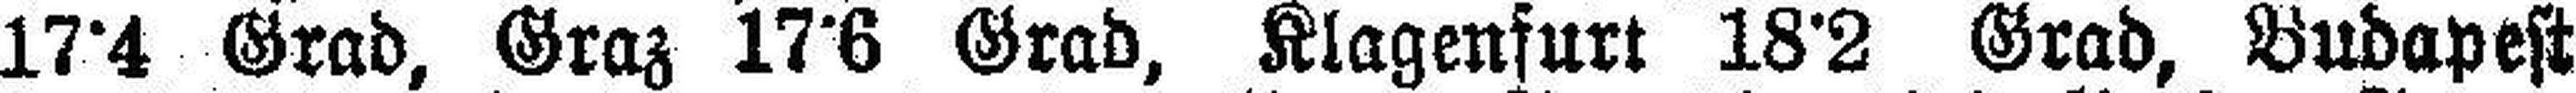
17°4 Grad, Graz 17°6 Grad, Klagenfurt 18°2 Grad, Budapest